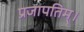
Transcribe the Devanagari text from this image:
प्रजापतिम्।